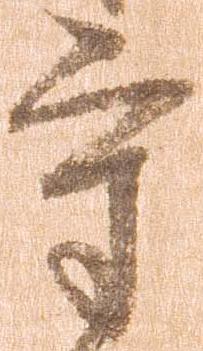
守